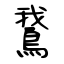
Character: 鵞